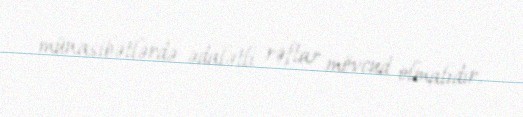
münasibətlərdə ədalətli rəftar mövcud olmalıdır.